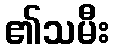
၏သမီး